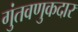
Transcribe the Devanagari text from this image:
गुंतवणुकदार